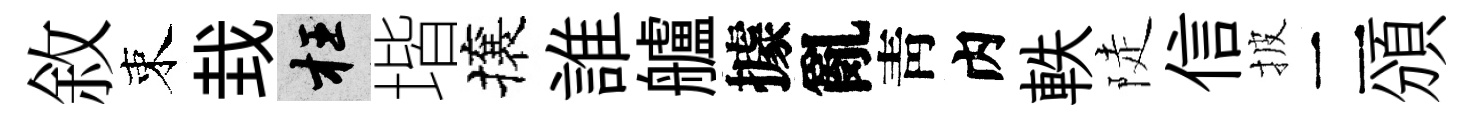
敘束㘽枉堦攘誰艫據亂靑内軼陡信披二頒